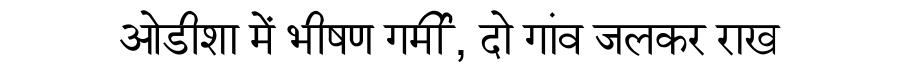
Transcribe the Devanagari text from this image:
ओडीशा में भीषण गर्मी, दो गांव जलकर राख